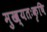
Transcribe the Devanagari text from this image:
मुख्यतःकृषि